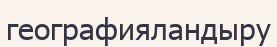
географияландыру